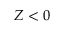
Z < 0